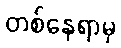
တစ်နေရာမှ